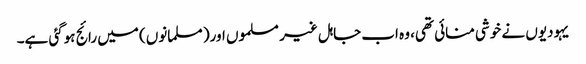
یہودیوں نے خوشی منائی تھی، وہ اب جاہل غیر مسلموں اور( مسلمانوں) میں رائج ہوگئی ہے۔